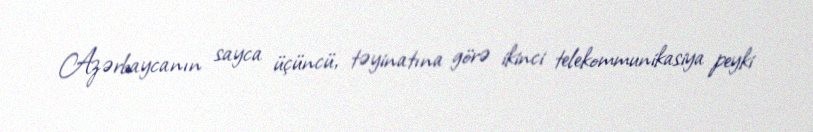
Azərbaycanın sayca üçüncü, təyinatına görə ikinci telekommunikasiya peyki